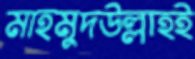
মাহমুদউল্লাহই